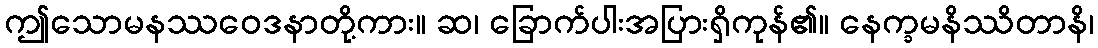
ဤသောမနဿဝေဒနာတို့ကား။ ဆ၊ ခြောက်ပါးအပြားရှိကုန်၏။ နေက္ခမနိဿိတာနိ၊